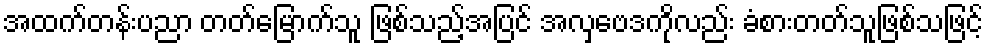
အထက်တန်းပညာ တတ်မြောက်သူ ဖြစ်သည့်အပြင် အလှဗေဒကိုလည်း ခံစားတတ်သူဖြစ်သဖြင့်